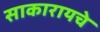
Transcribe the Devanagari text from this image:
साकारायचे